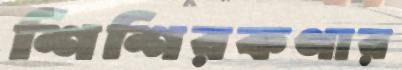
শিশিরকণার